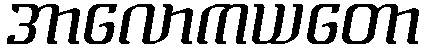
အာလောကယတော